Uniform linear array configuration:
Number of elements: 24
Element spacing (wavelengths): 0.25
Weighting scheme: binomial
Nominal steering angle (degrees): -30
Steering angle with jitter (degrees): -30.055
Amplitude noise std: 0.05
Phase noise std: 0.05

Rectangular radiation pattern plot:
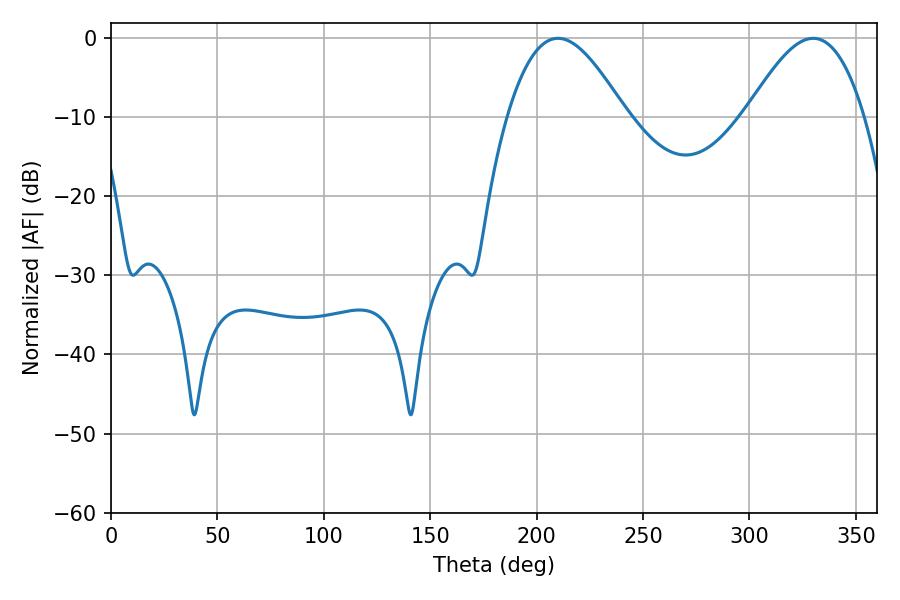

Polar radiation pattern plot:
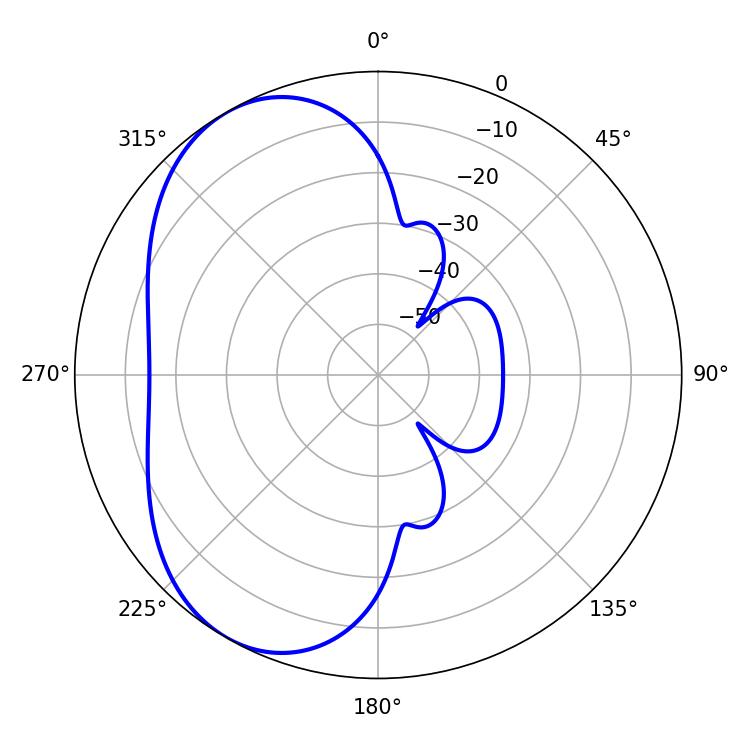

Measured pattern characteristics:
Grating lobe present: FALSE
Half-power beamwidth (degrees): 29.88
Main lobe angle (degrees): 210.06